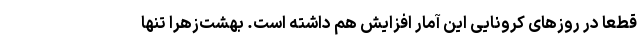
قطعاً در روزهای کرونایی این آمار افزایش هم داشته است. بهشت‌زهرا تنها